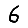
Digit: 6